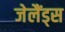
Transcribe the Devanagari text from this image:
जेलैंड्स